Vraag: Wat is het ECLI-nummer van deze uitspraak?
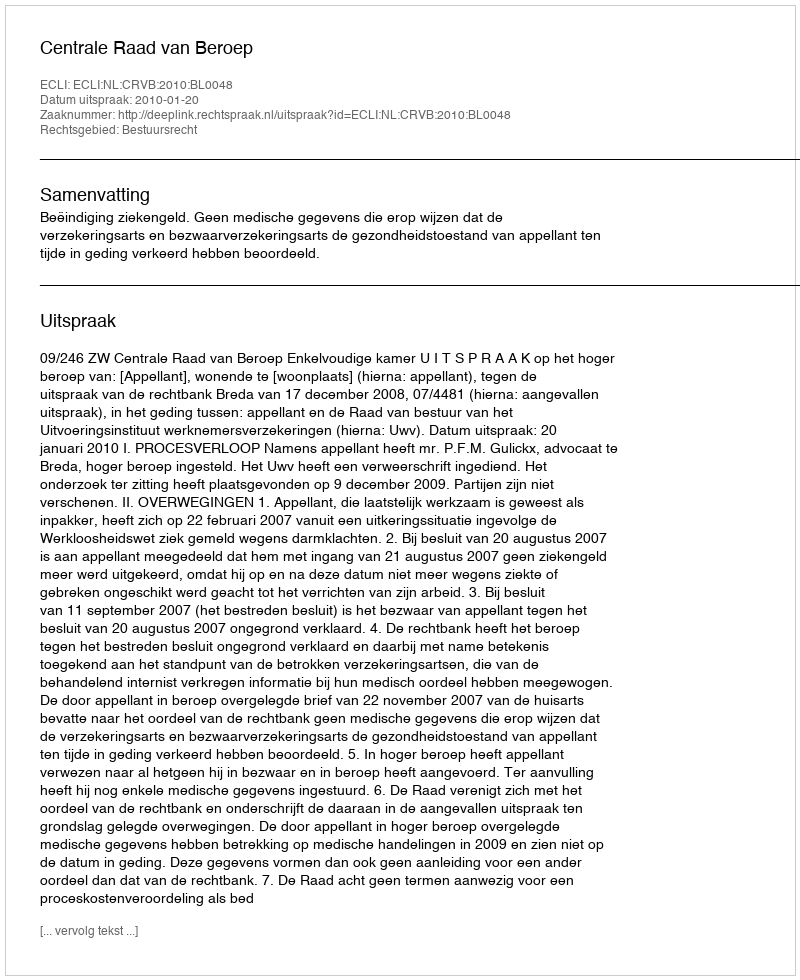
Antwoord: ECLI:NL:CRVB:2010:BL0048